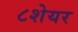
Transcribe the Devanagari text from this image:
८शेयर